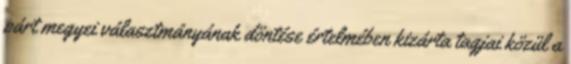
párt megyei választmányának döntése értelmében kizárta tagjai közül a